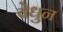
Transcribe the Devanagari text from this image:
वेधुन